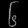
Digit: ၆